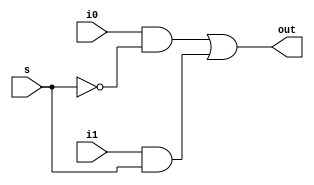
module mux_2_to_1(out, i0, i1, s);
    input i0, i1, s;
    output out;
    wire s_bar, a, b;
  
    not(s_bar, s);
    and(a, i0, s_bar);
    and(b, i1, s);
    or(out, a, b);
endmodule